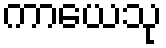
ကာယေသု